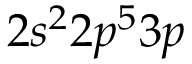
2 s ^ { 2 } 2 p ^ { 5 } 3 p